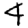
Digit: 4